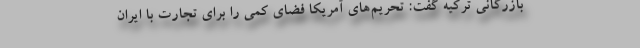
بازرگانی ترکیه گفت: تحریم‌های آمریکا فضای کمی را برای تجارت با ایران